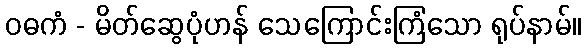
ဝဓကံ - မိတ်ဆွေပုံဟန် သေကြောင်းကြံသော ရုပ်နာမ်။